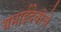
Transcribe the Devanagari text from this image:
यमाईदेवीचे